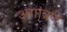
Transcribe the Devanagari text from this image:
अंगांत्रणे